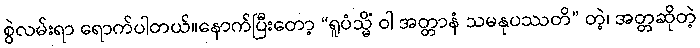
စွဲလမ်းရာ ရောက်ပါတယ်။နောက်ပြီးတော့ “ရူပံသ္မိံ ဝါ အတ္တာနံ သမနုပဿတိ” တဲ့၊ အတ္တဆိုတဲ့